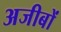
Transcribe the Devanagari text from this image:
अजीबों